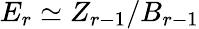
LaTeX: E_{r}\simeq Z_{r-1}/B_{r-1}